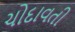
ચોદાવતી